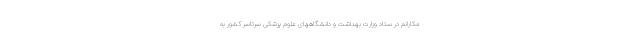
مکارانم در ستاد وزارت بهداشت و دانشگاههای علوم پزشکی سرتاسر کشور به